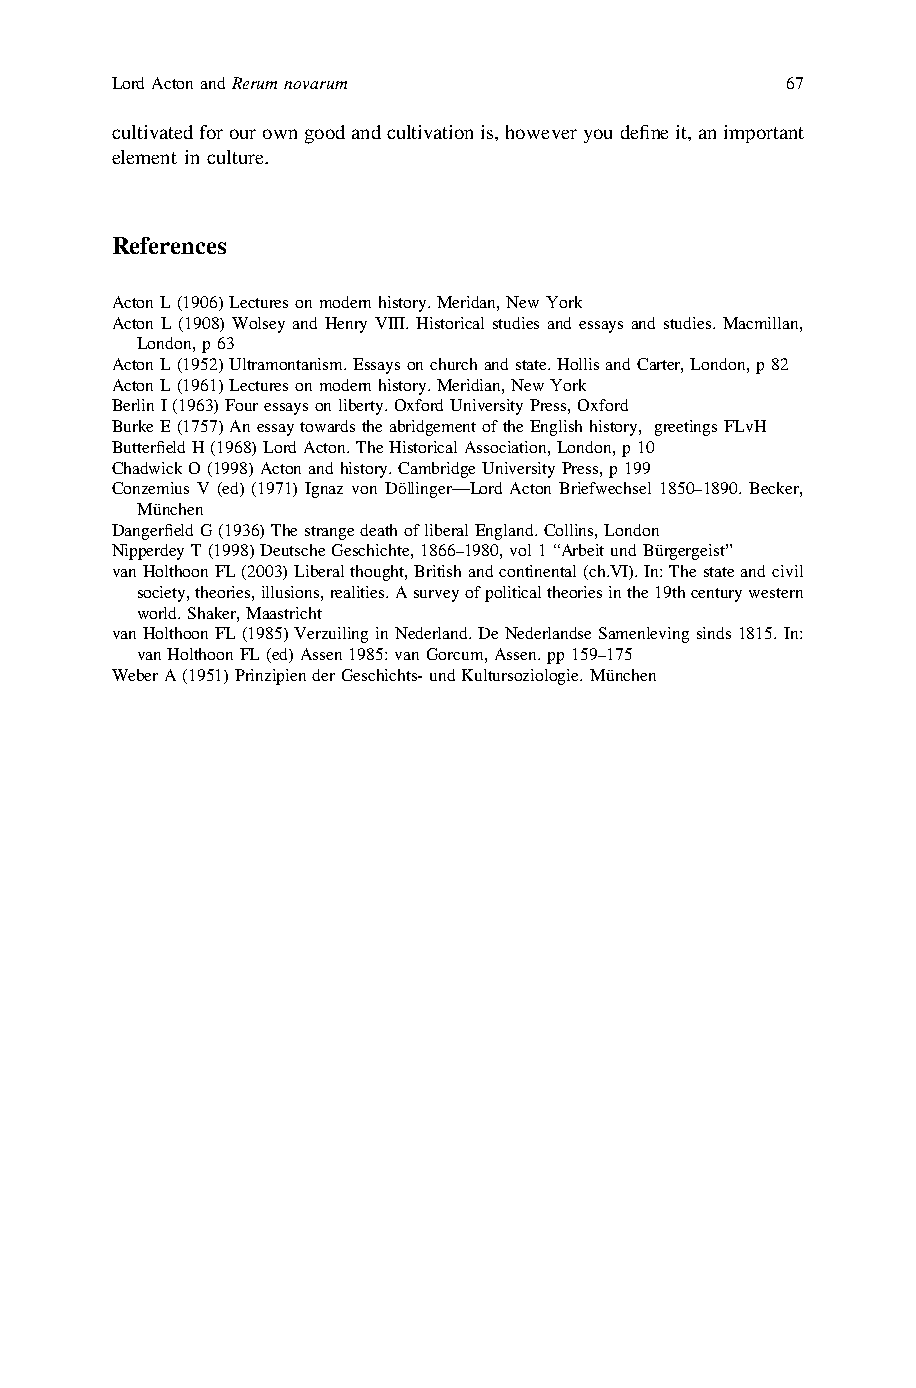
LordActonandRerumnovarum                     67
 cultivatedforourowngoodandcultivationis,howeveryoudefineit,animportant
 element in culture.
 References
 ActonL(1906)Lecturesonmodernhistory.Meridan,NewYork
 Acton L (1908) Wolsey and Henry VIII. Historical studies and essays and studies. Macmillan,
 London,p63
 ActonL(1952)Ultramontanism.Essaysonchurchandstate.HollisandCarter,London,p82
 ActonL(1961)Lecturesonmodernhistory.Meridian,NewYork
 BerlinI(1963)Fouressaysonliberty.OxfordUniversityPress,Oxford
 BurkeE(1757)AnessaytowardstheabridgementoftheEnglishhistory, greetingsFLvH
 ButterfieldH(1968)LordActon.TheHistoricalAssociation,London,p10
 ChadwickO(1998)Actonandhistory.CambridgeUniversityPress,p199
 Conzemius V (ed) (1971) Ignaz von Döllinger—Lord Acton Briefwechsel 1850–1890. Becker,
 München
 DangerfieldG(1936)ThestrangedeathofliberalEngland.Collins,London
 NipperdeyT(1998)DeutscheGeschichte,1866–1980,vol1“ArbeitundBürgergeist”
 vanHolthoonFL(2003)Liberalthought,Britishandcontinental(ch.VI).In:Thestateandcivil
 society,theories,illusions,realities.Asurveyofpoliticaltheoriesinthe19thcenturywestern
 world.Shaker,Maastricht
 vanHolthoonFL(1985)VerzuilinginNederland.DeNederlandseSamenlevingsinds1815.In:
 vanHolthoonFL(ed)Assen1985:vanGorcum,Assen.pp159–175
 WeberA(1951)PrinzipienderGeschichts-undKultursoziologie.München